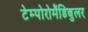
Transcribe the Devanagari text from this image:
टेम्पोरोमैंडिबुलर